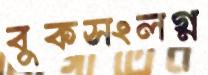
বুকসংলগ্ন